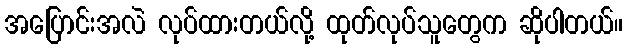
အပြောင်းအလဲ လုပ်ထားတယ်လို့ ထုတ်လုပ်သူတွေက ဆိုပါတယ်။